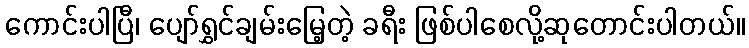
ကောင်းပါပြီ၊ ပျော်ရွှင်ချမ်းမြေ့တဲ့ ခရီး ဖြစ်ပါစေလို့ဆုတောင်းပါတယ်။